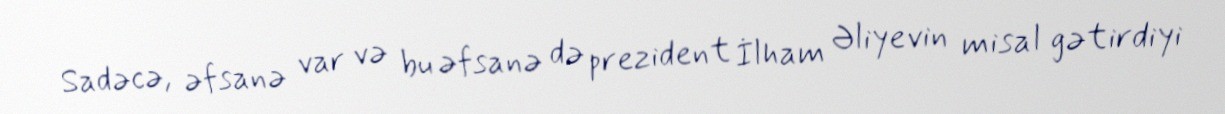
Sadəcə, əfsanə var və bu əfsanə də prezident İlham Əliyevin misal gətirdiyi